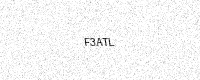
Text: F3ATL